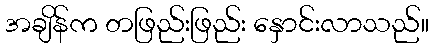
အချိန်က တဖြည်းဖြည်း နှောင်းလာသည်။